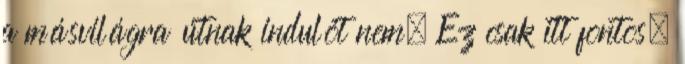
a másvilágra útnak indulót nem. Ez csak itt fontos,